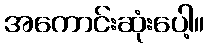
အကောင်းဆုံးပေါ့။